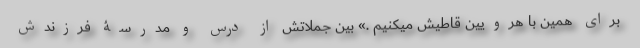
برای همین با هرویین قاطیش میکنیم .» بین جملاتش از درس و مدرسۀ فرزندش